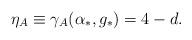
LaTeX: \begin{align*}\eta_A\equiv\gamma_A(\alpha_*,g_*)=4-d.\end{align*}